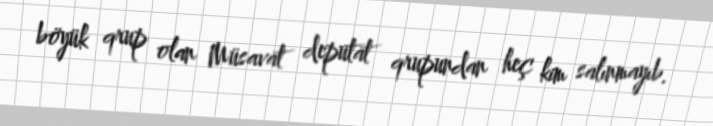
böyük qrup olan Müsavat deputat qrupundan heç kim salınmayıb.